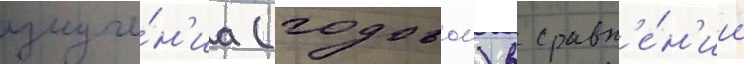
излуче́н'иа (годовои) в сравн'е́н'ии